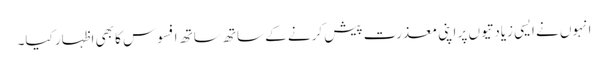
انہوں نے ایسی زیادتیوں پر اپنی معذرت پیش کرنے کے ساتھ ساتھ افسوس کا بھی اظہار کیا۔